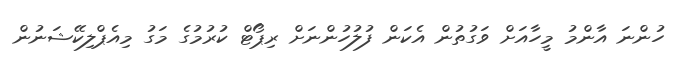
ހުންނަ އާންމު މީހާއަށް ވަގުތުން އެކަން ފުލުހުންނަށް ރިޕޯޓް ކުރުމުގެ މަގު މިއެޕްލިކޭޝަނުން